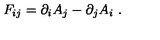
F _ { i j } = \partial _ { i } A _ { j } - \partial _ { j } A _ { i } \ .